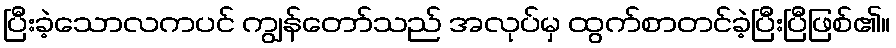
ပြီးခဲ့သောလကပင် ကျွန်တော်သည် အလုပ်မှ ထွက်စာတင်ခဲ့ပြီးပြီဖြစ်၏။